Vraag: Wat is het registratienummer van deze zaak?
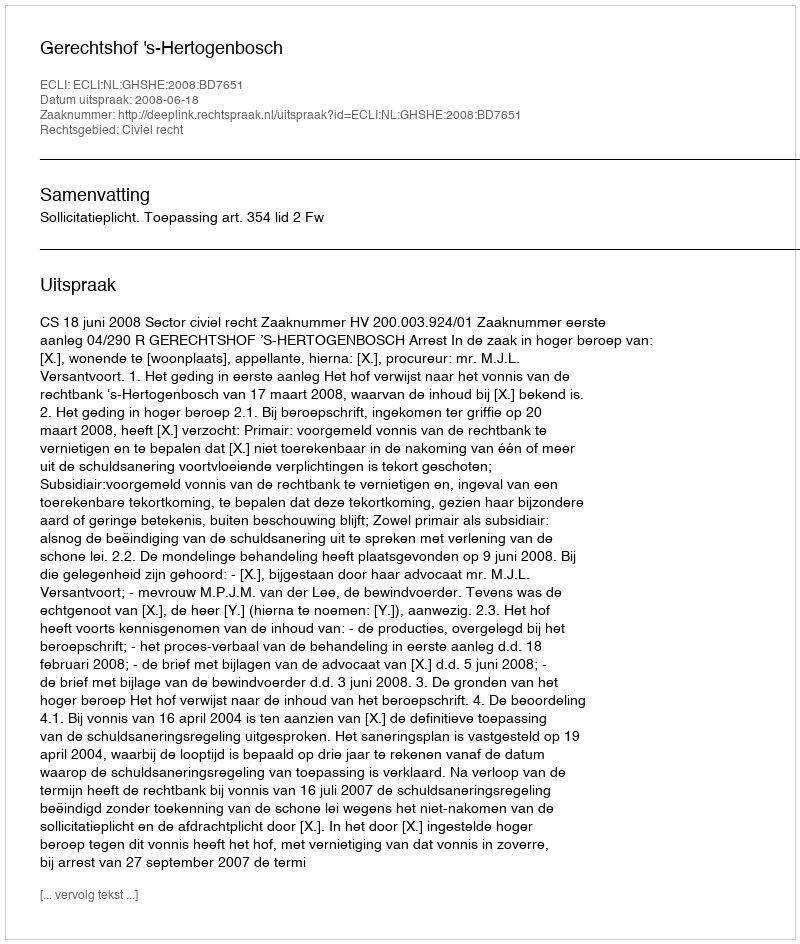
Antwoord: http://deeplink.rechtspraak.nl/uitspraak?id=ECLI:NL:GHSHE:2008:BD7651